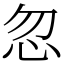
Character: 忽